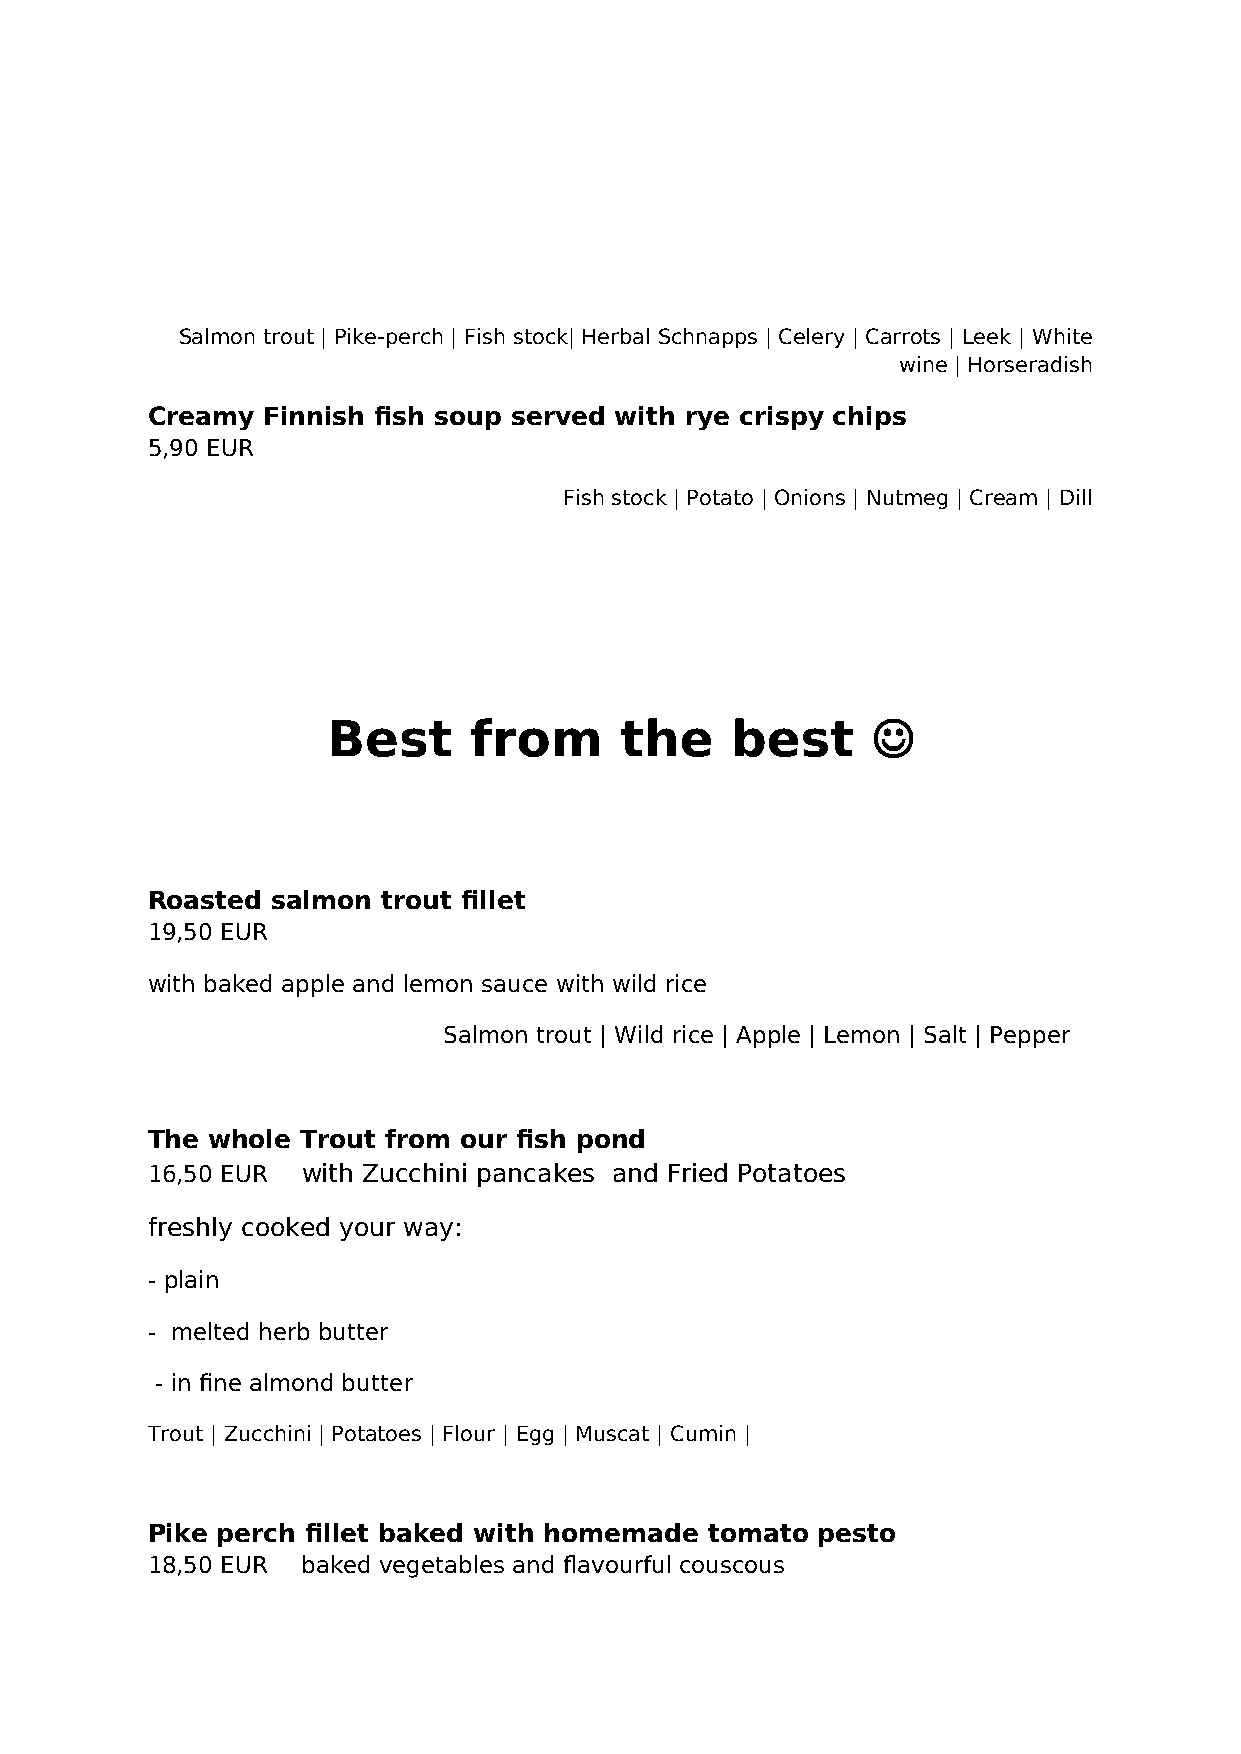
Salmon trout | Pike-perch | Fish stock| Herbal Schnapps | Celery | Carrots | Leek | White
 wine | Horseradish
 Creamy Finnish fish soup served with rye crispy chips
 5,90 EUR
 Fish stock | Potato | Onions | Nutmeg | Cream | Dill
 Best     from      the    best      
 Roasted salmon trout fillet
 19,50 EUR
 with baked apple and lemon sauce with wild rice
 Salmon trout | Wild rice | Apple | Lemon | Salt | Pepper
 The whole Trout from our fish pond
 16,50 EUR with Zucchini pancakes and Fried Potatoes
 freshly cooked your way:
 - plain
 - melted herb butter
 - in fine almond butter
 Trout | Zucchini | Potatoes | Flour | Egg | Muscat | Cumin |
 Pike perch fillet baked with homemade tomato pesto
 18,50 EUR baked vegetables and flavourful couscous